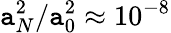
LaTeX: \mathtt{a}_{N}^{2}/\mathtt{a}_{0}^{2}\approx10^{-8}